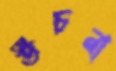
উঁচনা